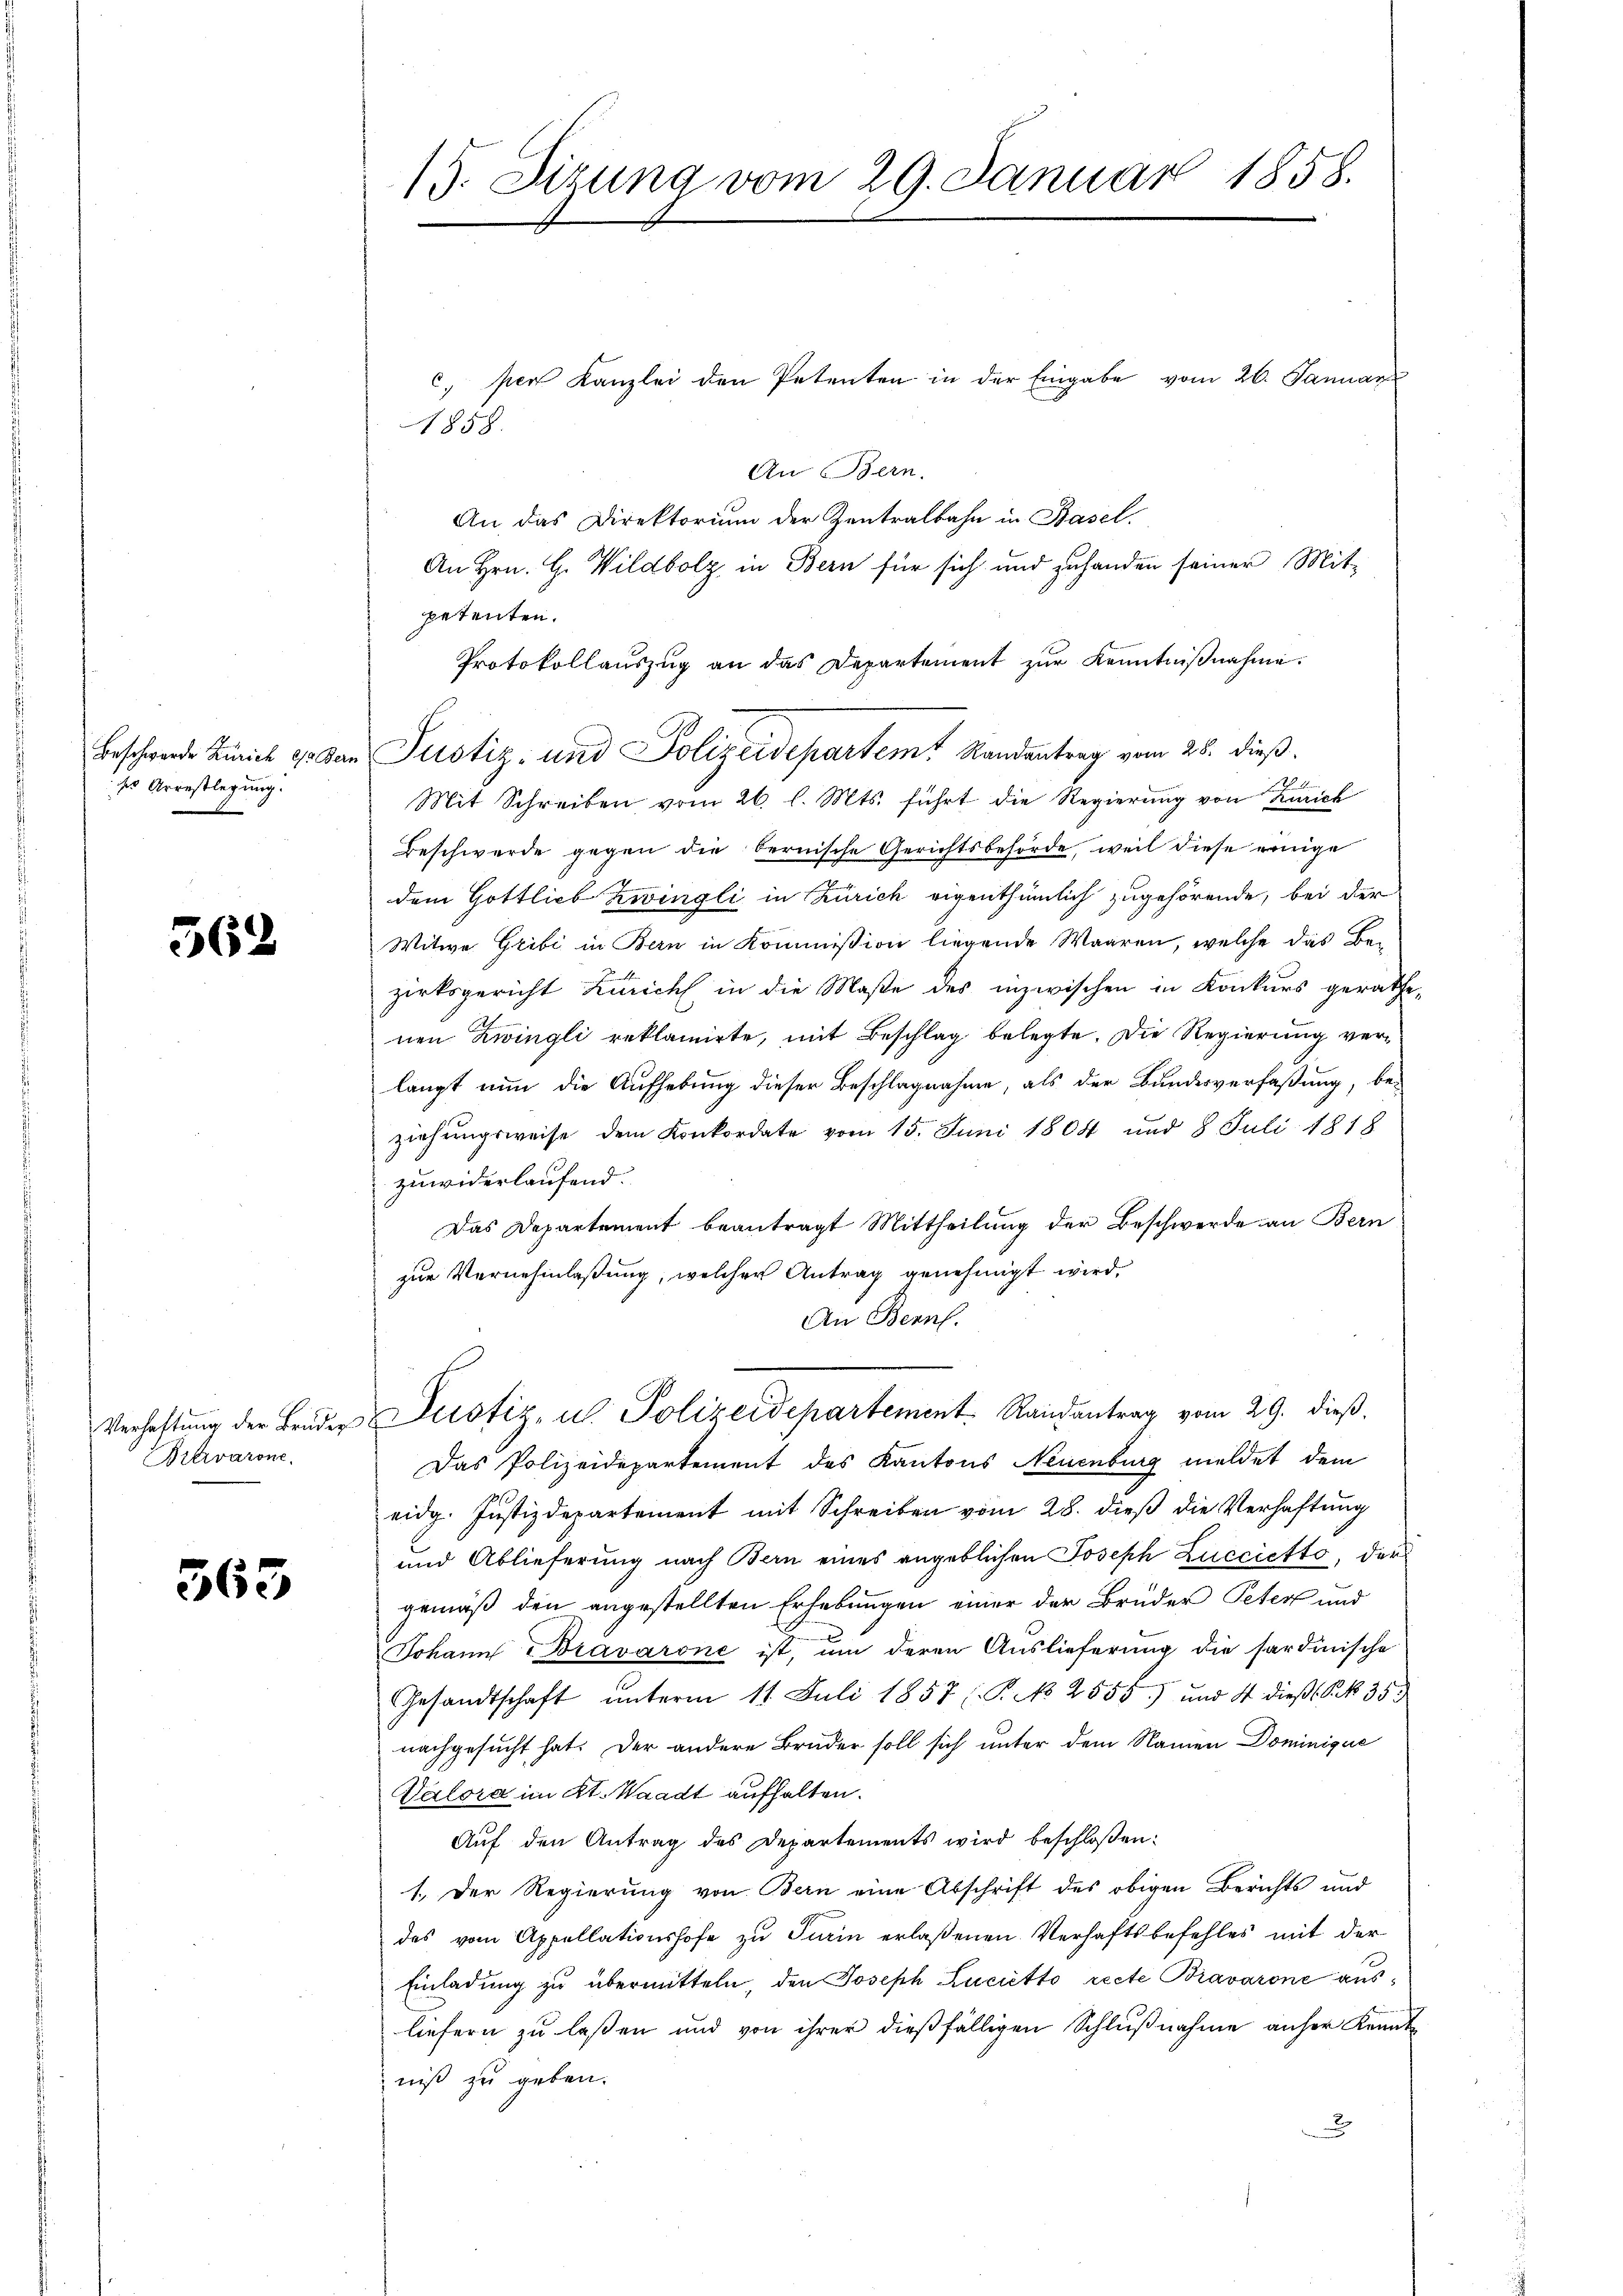
ss Arrestlegung.

562

Bitrvarone.

563

19. Sizung vom 29. Januar 1858.

c. per Kanzlei den Petenten in der Eingabe vom 26. Januar
An Bern.
An das Direktorium der Zentralbahn in Basel.
An Hrn. H. Wildbolz, in Bern für sich und zuhanden seiner Mit-
petenten.
Protokollauszug an das Departement zur Kenntniβnahme.
Mit Schreiben vom 26. l. Mts. führt die Regierung von Zürich
Beschwerde gegen die bernische Gerichtsbehörde, weil diese einige
dem Gottlich zwingli in Zürich eigenthümlich zugehörende, bei der
Witwe Gribi in Bern in Kommission liegende Waaren, welche das Bezirksgericht Zürich in die Maße des inzwischen in Konkurs gerathe,
nen Zwingli reklamirte, mit Beschlag belegte. Die Regierung verlangt nun die Aufhebung dieser Beschlagnahme, als der Bundesverfaßung, be-
ziehungsweise dem Konkordate vom 15. Juni 1804 und 8 Juli 1818
zuwiderlaufend.
Das Departement beantragt Mittheilung der Beschwerde an Bern
zur Vernehmlassung, welcher Antrag genehmigt wird.
An Bern.
Verhaltŭng der Bruder Leistiz, u. Polizeidepartement Randantrag vom 29. dieß.
Das Polizeidepartement des Kantons Neuenburg meldet dem
eidg. Justizdepartement mit Schreiben vom 28. dieß die Verhaftung
und Ablieferung nach Bern eines angeblichen Joseph Luccietto, der
gemäß den angestellten Erhebungen einer der Brüder Peter und
Johann Bravárone ist, um deren Auslieferung die sardinische
Gesandtschaft ŭnterm 11. Juli 1857 (P. No 2555) und 4 dieβ. S. 35
nachgesucht hat. Der andere Brüder soll sich unter dem Namen Dominique
Valora im Kt. Waadt aufhalten.
Auf den Antrag des Departements wird beschloßen:
1. Der Regierung von Bern eine Abschrift des obigen Berichts und
das vom Appellationshofe zu Turin erlaßenen Verhaftsbefehles mit der
Einladung zu übermitteln, den Joseph Lucietto recte Bravarone ausliefern zu laßen und von ihrer dießfälligen Schlußnahme anher Kenntniß zu geben.
u

1858.

Beschwende Zürich 10 den Justiz- und Polizeidepartem Randantrag vom 28. dieß.